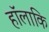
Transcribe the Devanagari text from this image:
हॉलाकि